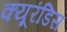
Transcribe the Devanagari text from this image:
क्यूरंडिस